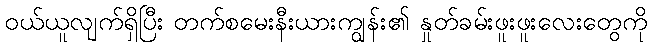
ဝယ်ယူလျက်ရှိပြီး တက်စမေးနီးယားကျွန်း၏ နှုတ်ခမ်းဖူးဖူးလေးတွေကို